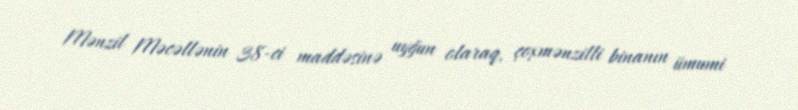
Mənzil Məcəllənin 38-ci maddəsinə uyğun olaraq, çoxmənzilli binanın ümumi